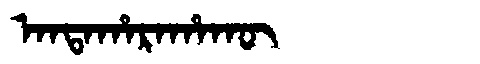
Manchu: ᠠᠨᡨᠠᡥᠠᡵᠠᡥᠠᡴᡡ
Romanization: ANTAHARAHAKŪ